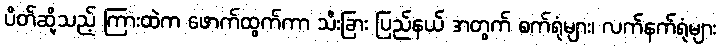
ပိတ်ဆို့သည့် ကြားထဲက ဖောက်ထွက်ကာ သီးခြား ပြည်နယ် အတွက် စက်ရုံများ၊ လက်နက်ရုံများ